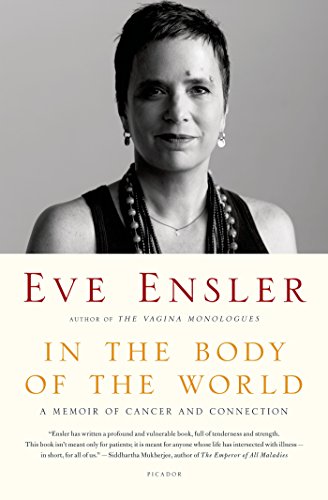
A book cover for In the Body of the World: A Memoir of Cancer and Connection; Eve Ensler; Politics & Social Sciences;